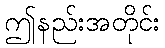
ဤနည်းအတိုင်း